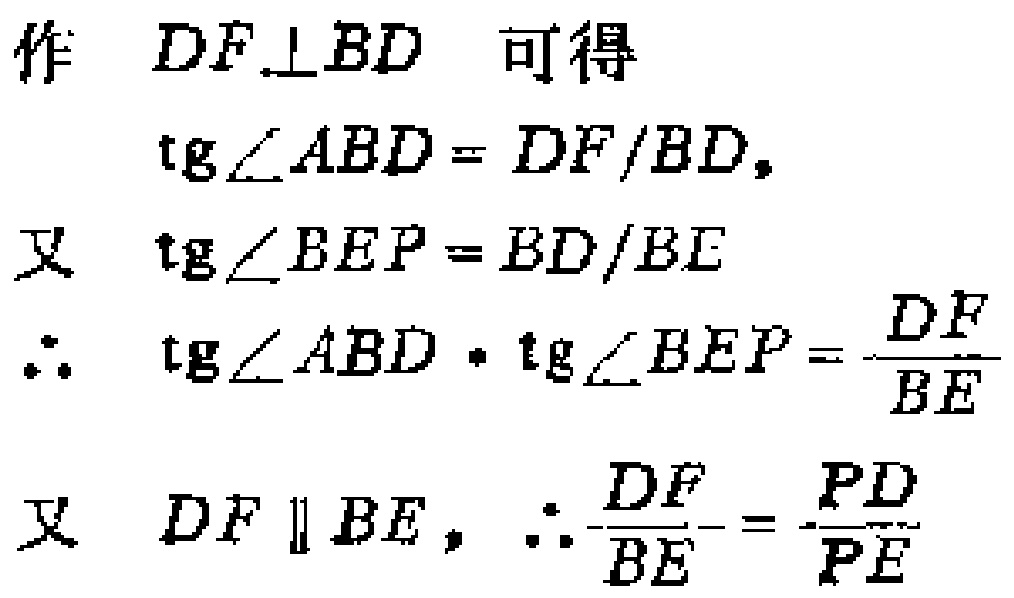
作 $DF\perp BD$ 可得
\[
\begin{align*}
\mathrm{tg}\angle ABD&=DF/BD,\\
\text{又 }\mathrm{tg}\angle BEP&=BD/BE\\
\therefore\mathrm{tg}\angle ABD\cdot\mathrm{tg}\angle BEP&=\frac{DF}{BE}\\
\text{又 }DF\parallel BE,\therefore\frac{DF}{BE}&=\frac{PD}{PE}
\end{align*}
\]